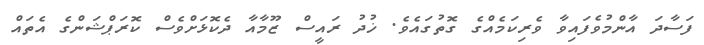
ފަސާދަ އާންމުވެފައިވާ ވެރިކަމެއްގެ ގޮތުގައެވެ. ޚުދު ރައީސް ޒޫމާއާ ދެކޮޅަށްވެސް ކޮރަޕްޝަންގެ އެތައް